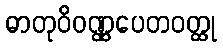
ဓာတုဝိဝဏ္ဏပေတဝတ္ထု